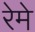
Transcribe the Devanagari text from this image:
रेमे